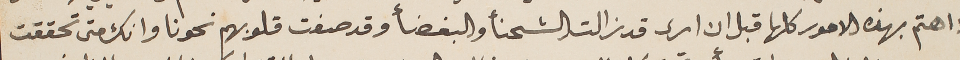
لا اهتم بهذه الامور كلها قبل ان ارى قد زالت الشحنأ والبغضأ وقد صفت قلوبهم نحونا وانك متى تحققت